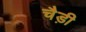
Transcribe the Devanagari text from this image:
चैड़ी